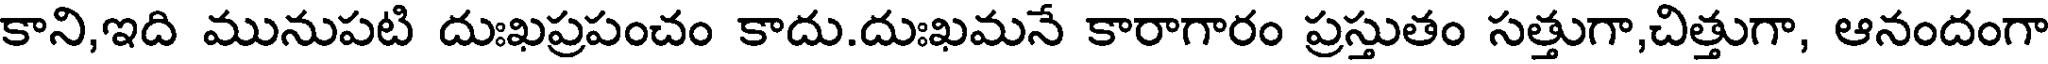
కాని,ఇది మునుపటి దుఃఖప్రపంచం కాదు.దుఃఖమనే కారాగారం ప్రస్తుతం సత్తుగా,చిత్తుగా, ఆనందంగా